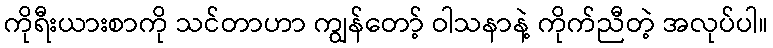
ကိုရီးယားစာကို သင်တာဟာ ကျွန်တော့် ဝါသနာနဲ့ ကိုက်ညီတဲ့ အလုပ်ပါ။